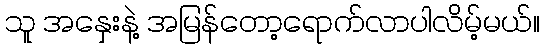
သူ အနှေးနဲ့ အမြန်တော့ရောက်လာပါလိမ့်မယ်။